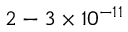
2 - 3 \times 1 0 ^ { - 1 1 }